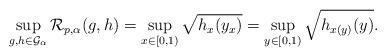
LaTeX: \begin{align*}\sup_{g,h\in\mathcal{G}_\alpha} \mathcal{R}_{p,\alpha}(g,h) = \sup_{x\in [0,1)} \sqrt{h_x(y_x)}=\sup_{y\in [0,1)} \sqrt{h_{x(y)}(y)}.\end{align*}